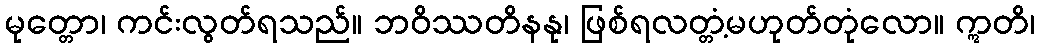
မုတ္တော၊ ကင်းလွတ်ရသည်။ ဘဝိဿတိနနု၊ ဖြစ်ရလတ္တံ့မဟုတ်တုံလော။ ဣတိ၊